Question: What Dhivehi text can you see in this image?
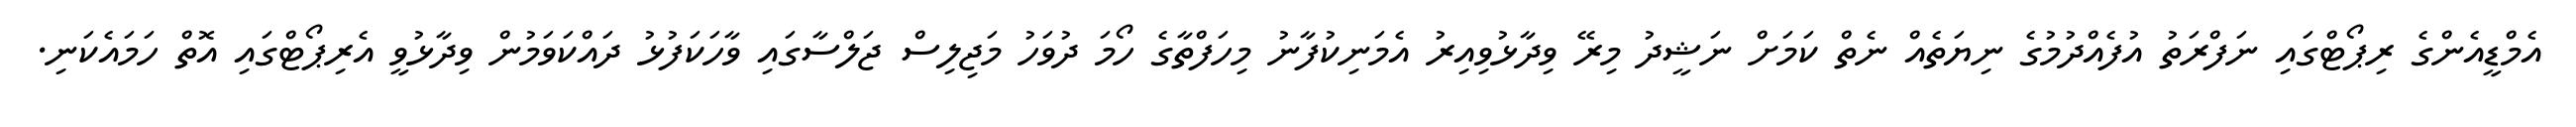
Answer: އެމްޑީއެންގެ ރިޕޯޓްގައި ނަފްރަތު އުފެއްދުމުގެ ނިޔަތެއް ނެތް ކަމަށް ނަޝީދު މިރޭ ވިދާޅުވިއިރު އެމަނިކުފާނު މިހަފްތާގެ ހޯމަ ދުވަހު މަޖިލިސް ޖަލްސާގައި ވާހަކަފުޅު ދައްކަވަމުން ވިދާޅުވީ އެރިޕޯޓްގައި އޮތް ހަމައެކަނި.